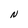
Character: N